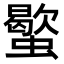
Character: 𧓃